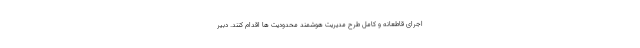
اجرای قاطعانه و کامل طرح مدیریت هوشمند محدودیت ها اقدام کنند. دبیر